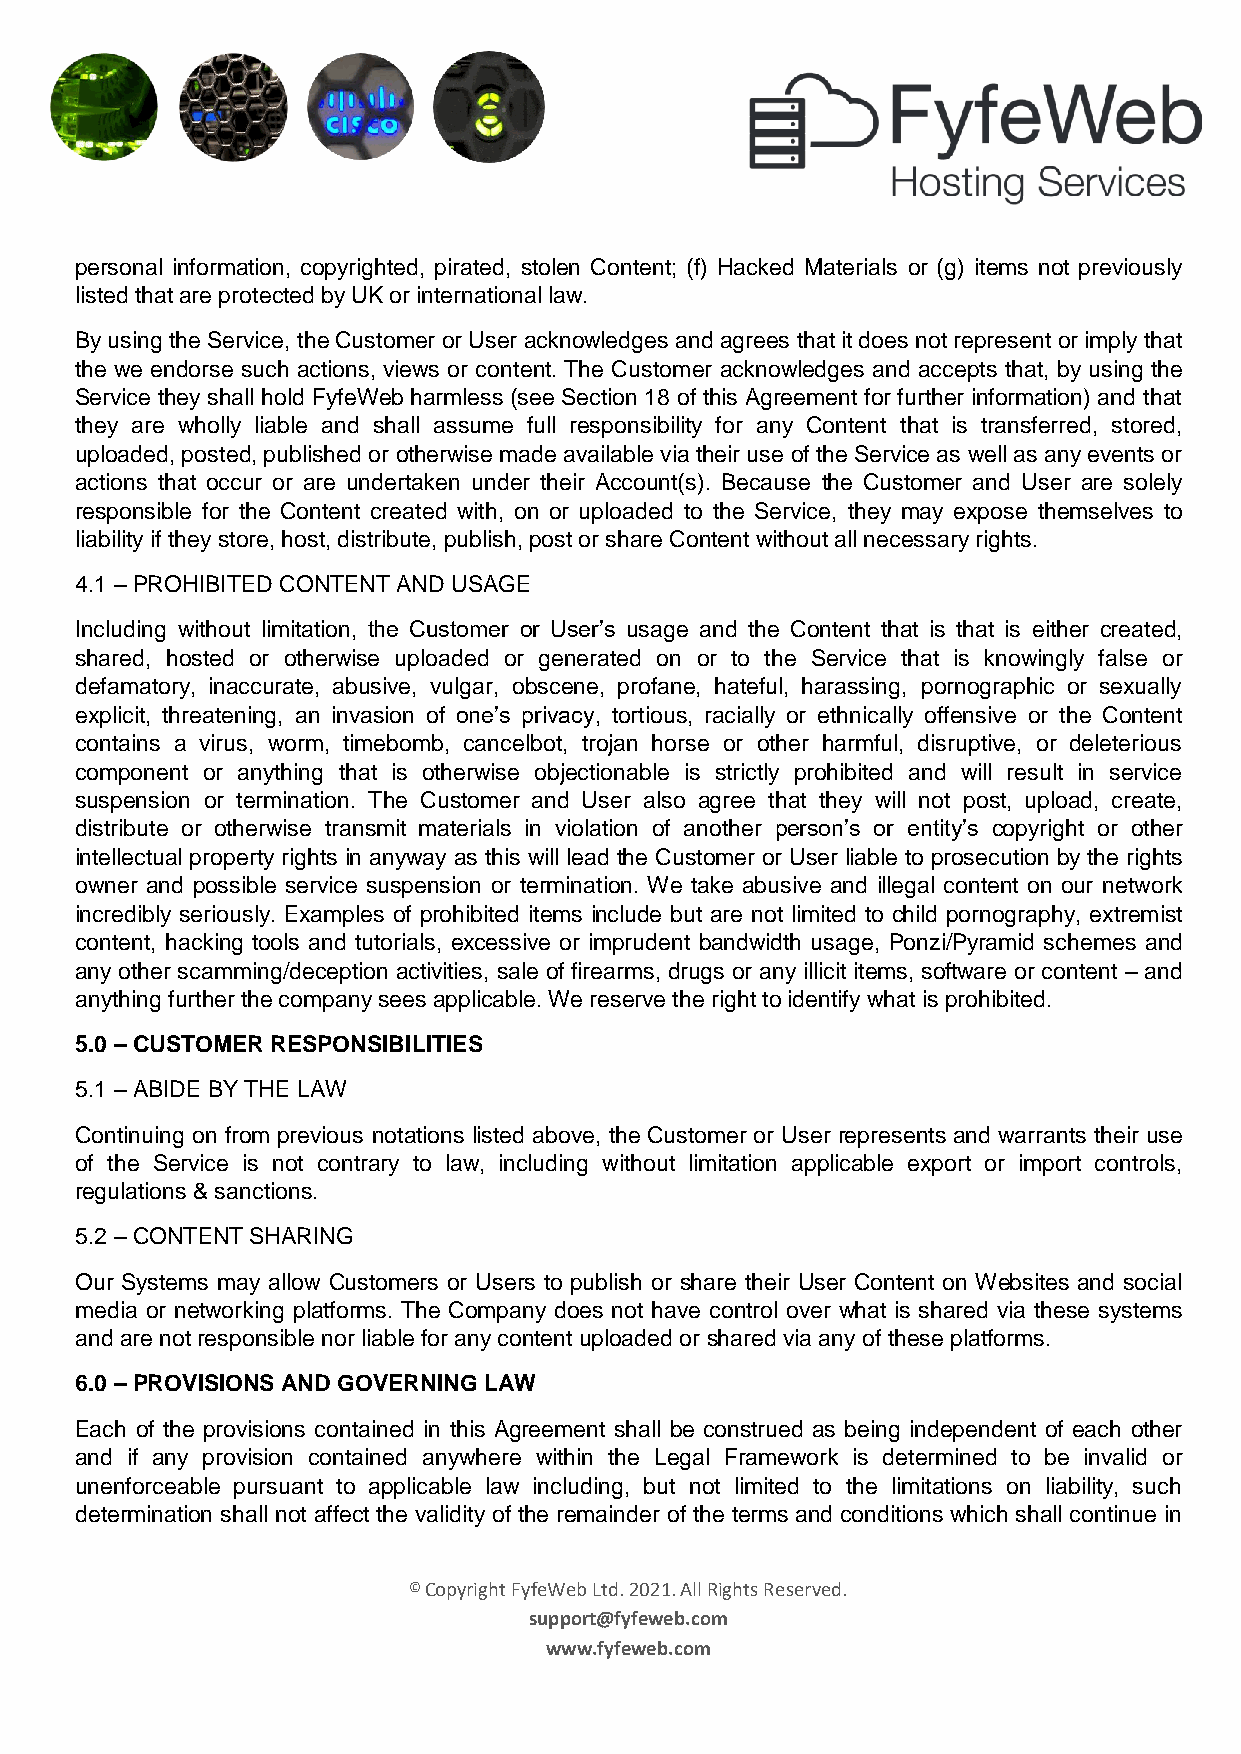
personal information, copyrighted, pirated, stolen Content; (f) Hacked Materials or (g) items not previously
 listed that are protected by UK or international law.
 By using the Service, the Customer or User acknowledges and agrees that it does not represent or imply that
 the we endorse such actions, views or content. The Customer acknowledges and accepts that, by using the
 Service they shall hold FyfeWeb harmless (see Section 18 of this Agreement for further information) and that
 they are wholly liable and shall assume full responsibility for any Content that is transferred, stored,
 uploaded, posted, published or otherwise made available via their use of the Service as well as any events or
 actions that occur or are undertaken under their Account(s). Because the Customer and User are solely
 responsible for the Content created with, on or uploaded to the Service, they may expose themselves to
 liability if they store, host, distribute, publish, post or share Content without all necessary rights.
 4.1 – PROHIBITED CONTENT AND USAGE
 Including without limitation, the Customer or User’s usage and the Content that is that is either created,
 shared, hosted or otherwise uploaded or generated on or to the Service that is knowingly false or
 defamatory, inaccurate, abusive, vulgar, obscene, profane, hateful, harassing, pornographic or sexually
 explicit, threatening, an invasion of one’s privacy, tortious, racially or ethnically offensive or the Content
 contains a virus, worm, timebomb, cancelbot, trojan horse or other harmful, disruptive, or deleterious
 component or anything that is otherwise objectionable is strictly prohibited and will result in service
 suspension or termination. The Customer and User also agree that they will not post, upload, create,
 distribute or otherwise transmit materials in violation of another person’s or entity’s copyright or other
 intellectual property rights in anyway as this will lead the Customer or User liable to prosecution by the rights
 owner and possible service suspension or termination. We take abusive and illegal content on our network
 incredibly seriously. Examples of prohibited items include but are not limited to child pornography, extremist
 content, hacking tools and tutorials, excessive or imprudent bandwidth usage, Ponzi/Pyramid schemes and
 any other scamming/deception activities, sale of firearms, drugs or any illicit items, software or content – and
 anything further the company sees applicable. We reserve the right to identify what is prohibited.
 5.0 – CUSTOMER RESPONSIBILITIES
 5.1 – ABIDE BY THE LAW
 Continuing on from previous notations listed above, the Customer or User represents and warrants their use
 of the Service is not contrary to law, including without limitation applicable export or import controls,
 regulations & sanctions.
 5.2 – CONTENT SHARING
 Our Systems may allow Customers or Users to publish or share their User Content on Websites and social
 media or networking platforms. The Company does not have control over what is shared via these systems
 and are not responsible nor liable for any content uploaded or shared via any of these platforms.
 6.0 – PROVISIONS AND GOVERNING LAW
 Each of the provisions contained in this Agreement shall be construed as being independent of each other
 and if any provision contained anywhere within the Legal Framework is determined to be invalid or
 unenforceable pursuant to applicable law including, but not limited to the limitations on liability, such
 determination shall not affect the validity of the remainder of the terms and conditions which shall continue in
 © Copyright FyfeWeb Ltd. 2021. All Rights Reserved.
 support@fyfeweb.com
 www.fyfeweb.com